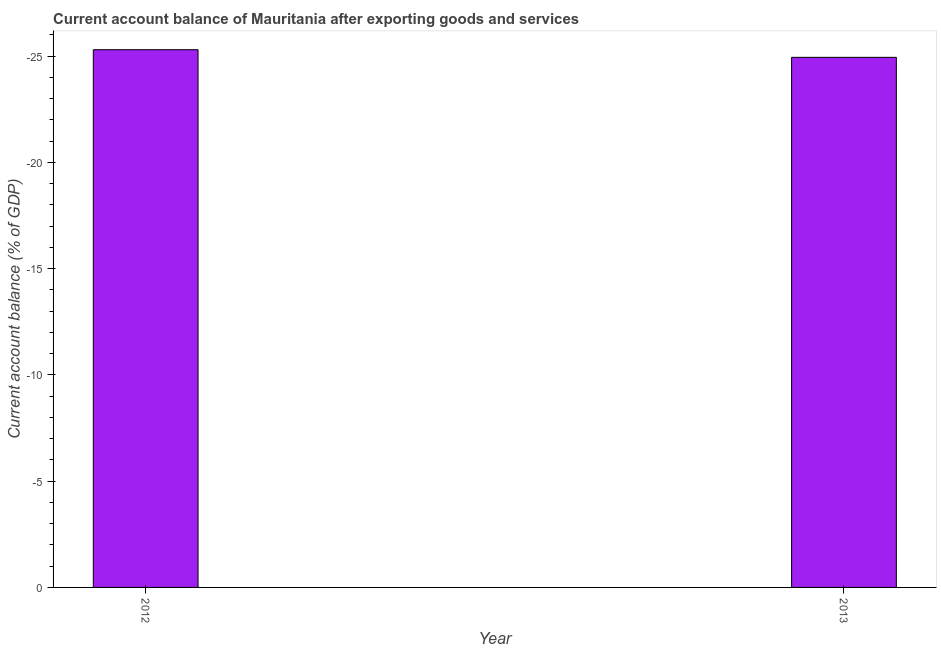
| Year | Current account balance |
 | --- | --- |
 | 2012 | -25.3 |
 | 2013 | -24.9 |